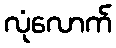
လုံလောက်